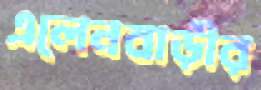
এলেনবাড়ীর